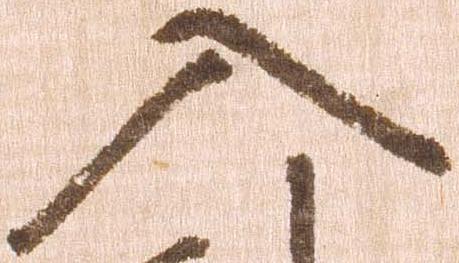
入